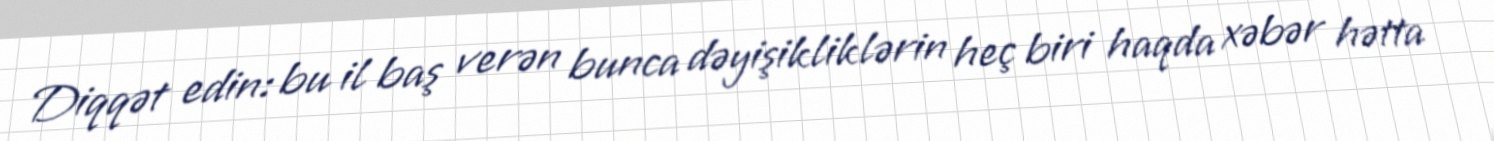
Diqqət edin: bu il baş verən bunca dəyişikliklərin heç biri haqda xəbər hətta